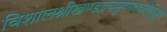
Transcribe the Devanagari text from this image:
विशालश्रीखण्डद्रवमृगमदाकीर्णघुसृण